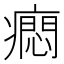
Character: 𤺯